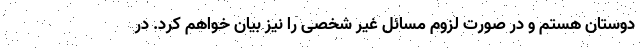
دوستان هستم و در صورت لزوم مسائل غیر شخصی را نیز بیان خواهم کرد. در